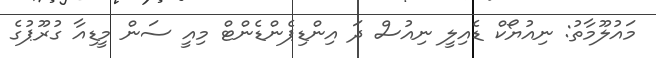
މައުލޫމާތު: ނިއުޔޯކް ޑެއިލީ ނިއުސް ދަ އިންޑިޕެންޑެންޓް މިއީ ސަން މީޑިއާ ގުރޫޕުގެ